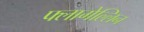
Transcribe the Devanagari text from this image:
फ्लागेल्लिन